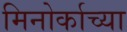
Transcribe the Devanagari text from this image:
मिनोर्काच्या